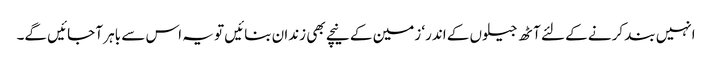
انہیں بند کرنے کے لئے آٹھ جیلوں کے اندر‘ زمین کے نیچے بھی زندان بنائیں تو یہ اس سے باہر آ جائیں گے۔